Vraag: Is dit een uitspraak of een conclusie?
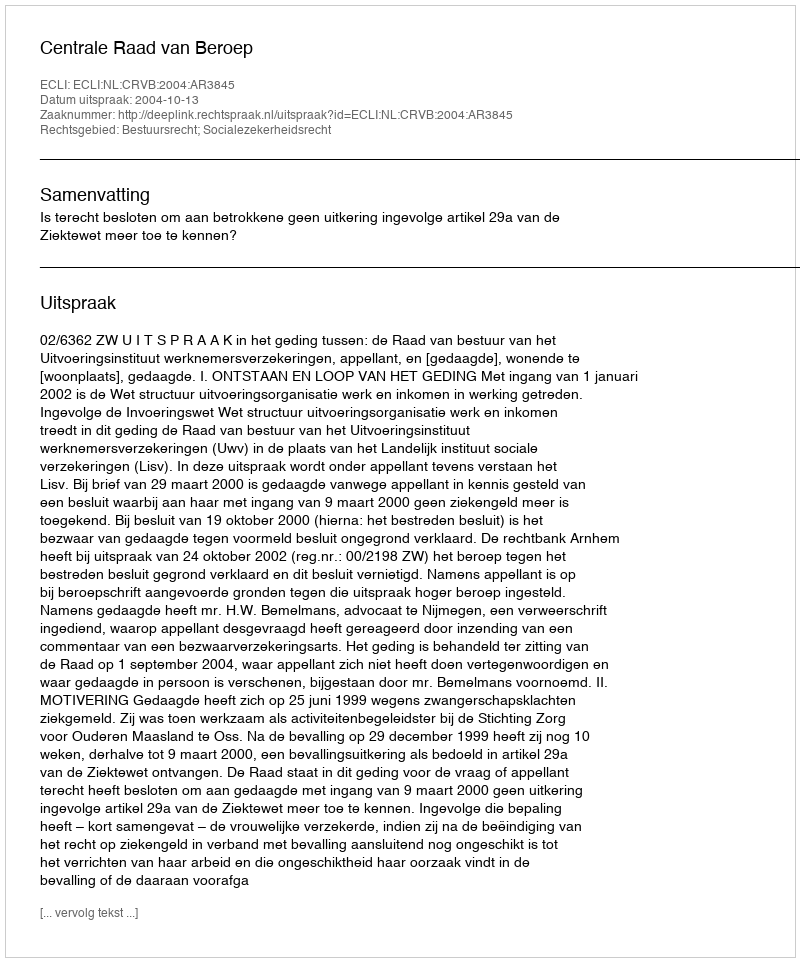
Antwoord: Uitspraak